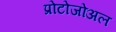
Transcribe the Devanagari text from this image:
प्रोटोजोअल